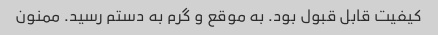
کیفیت قابل قبول بود. به موقع و گرم به دستم رسید. ممنون